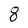
Character: 8